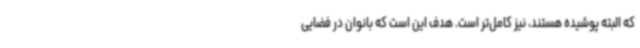
که البته پوشیده هستند، نیز کامل‌تر است. هدف این است که بانوان در فضایی